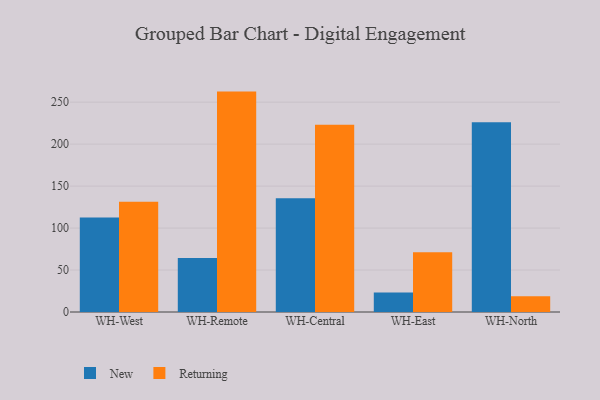
{"axis": {"x": "Warehouse", "y": "Operating Costs (USD K)"}, "legend": ["New", "Returning"], "data": [{"x": "WH-West", "y": 112.6, "type": "New"}, {"x": "WH-West", "y": 131.5, "type": "Returning"}, {"x": "WH-Remote", "y": 64.3, "type": "New"}, {"x": "WH-Remote", "y": 262.6, "type": "Returning"}, {"x": "WH-Central", "y": 135.4, "type": "New"}, {"x": "WH-Central", "y": 223.2, "type": "Returning"}, {"x": "WH-East", "y": 23.2, "type": "New"}, {"x": "WH-East", "y": 71.3, "type": "Returning"}, {"x": "WH-North", "y": 226.2, "type": "New"}, {"x": "WH-North", "y": 18.9, "type": "Returning"}]}